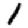
Digit: 1